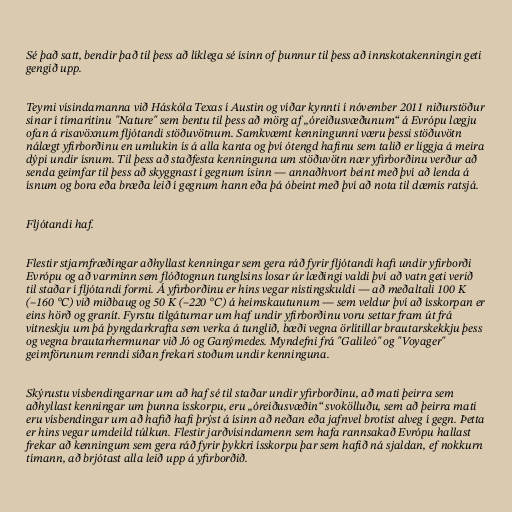
Sé það satt, bendir það til þess að líklega sé ísinn of þunnur til þess að innskotakenningin geti
gengið upp.

Teymi vísindamanna við Háskóla Texas í Austin og víðar kynnti í nóvember 2011 niðurstöður
sínar í tímaritinu "Nature" sem bentu til þess að mörg af „óreiðusvæðunum“ á Evrópu lægju
ofan á risavöxnum fljótandi stöðuvötnum. Samkvæmt kenningunni væru þessi stöðuvötn
nálægt yfirborðinu en umlukin ís á alla kanta og því ótengd hafinu sem talið er liggja á meira
dýpi undir ísnum. Til þess að staðfesta kenninguna um stöðuvötn nær yfirborðinu verður að
senda geimfar til þess að skyggnast í gegnum ísinn — annaðhvort beint með því að lenda á
ísnum og bora eða bræða leið í gegnum hann eða þá óbeint með því að nota til dæmis ratsjá.

Fljótandi haf.

Flestir stjarnfræðingar aðhyllast kenningar sem gera ráð fyrir fljótandi hafi undir yfirborði
Evrópu og að varminn sem flóðtognun tunglsins losar úr læðingi valdi því að vatn geti verið
til staðar í fljótandi formi. Á yfirborðinu er hins vegar nístingskuldi — að meðaltali 100 K
(–160 °C) við miðbaug og 50 K (–220 °C) á heimskautunum — sem veldur því að ísskorpan er
eins hörð og granít. Fyrstu tilgáturnar um haf undir yfirborðinu voru settar fram út frá
vitneskju um þá þyngdarkrafta sem verka á tunglið, bæði vegna örlítillar brautarskekkju þess
og vegna brautarhermunar við Jó og Ganýmedes. Myndefni frá "Galíleó" og "Voyager"
geimförunum renndi síðan frekari stoðum undir kenninguna.

Skýrustu vísbendingarnar um að haf sé til staðar undir yfirborðinu, að mati þeirra sem
aðhyllast kenningar um þunna ísskorpu, eru „óreiðusvæðin“ svokölluðu, sem að þeirra mati
eru vísbendingar um að hafið hafi þrýst á ísinn að neðan eða jafnvel brotist alveg í gegn. Þetta
er hins vegar umdeild túlkun. Flestir jarðvísindamenn sem hafa rannsakað Evrópu hallast
frekar að kenningum sem gera ráð fyrir þykkri ísskorpu þar sem hafið ná sjaldan, ef nokkurn
tímann, að brjótast alla leið upp á yfirborðið.